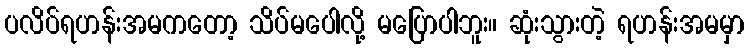
ပလိပ်ရဟန်းအမကတော့ သိပ်မပေါလို့ မပြောပါဘူး။ ဆုံးသွားတဲ့ ရဟန်းအမမှာ